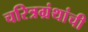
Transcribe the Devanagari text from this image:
चरित्रग्रंथांची